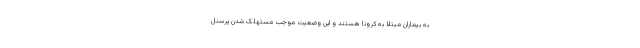
به بیماران مبتلا به کرونا هستند و این وضعیت موجب مستهلک شدن پرسنل